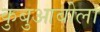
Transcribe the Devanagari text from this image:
कुबुआबोला